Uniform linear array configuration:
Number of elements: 16
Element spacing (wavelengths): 0.5
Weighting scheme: binomial
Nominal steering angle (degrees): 0
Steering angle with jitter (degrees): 0.1497
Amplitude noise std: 0.05
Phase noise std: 0.05

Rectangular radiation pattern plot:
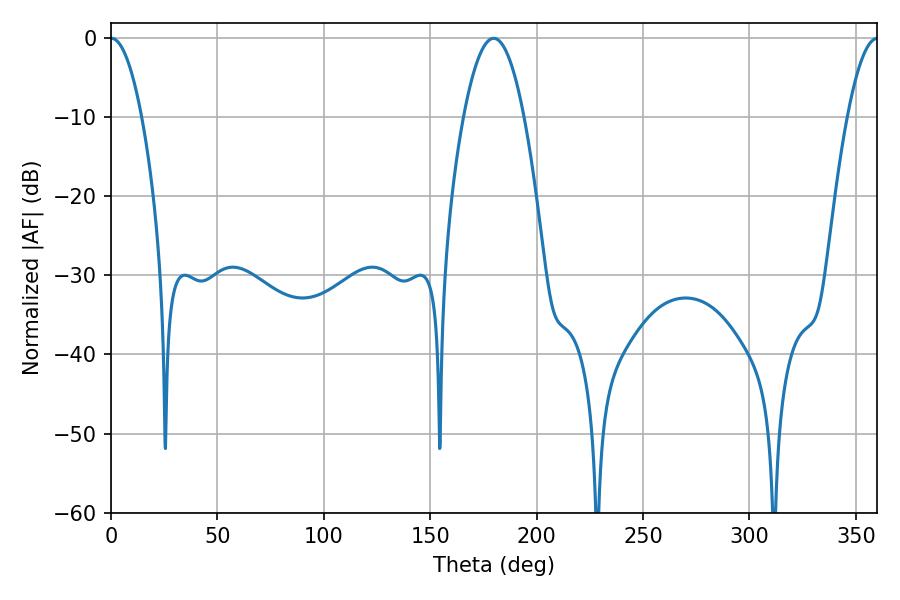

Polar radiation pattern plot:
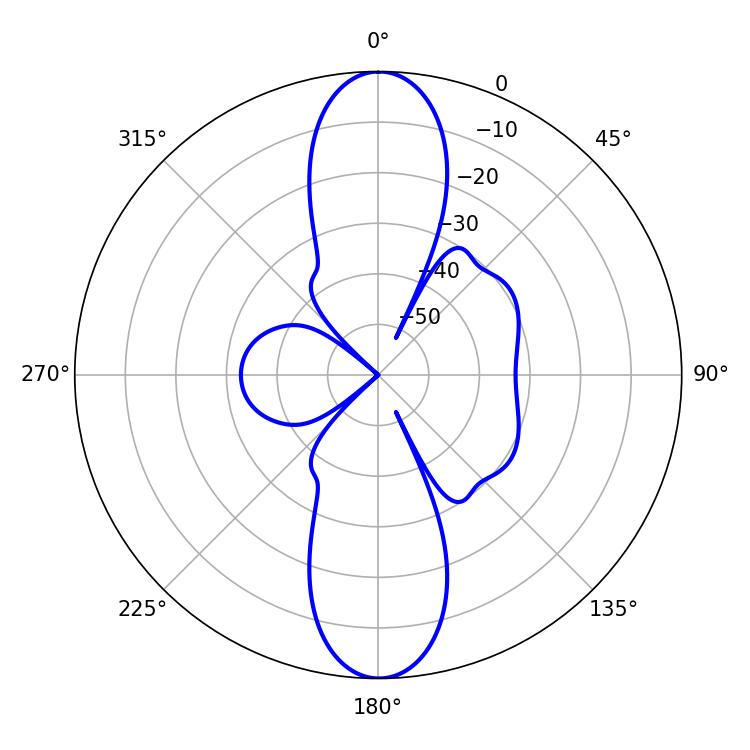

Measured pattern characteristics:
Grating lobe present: FALSE
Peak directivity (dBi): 28.711
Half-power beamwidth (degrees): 7.92
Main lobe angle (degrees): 0.18